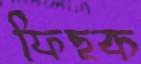
ফিছক